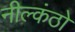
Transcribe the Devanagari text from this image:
नील्कंठो